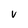
Character: V